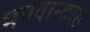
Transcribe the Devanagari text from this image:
भगवान्दास